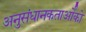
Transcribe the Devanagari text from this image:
अनुसंधानकतार्ओंको